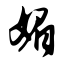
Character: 媚